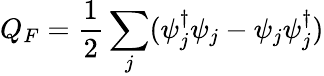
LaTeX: Q_{F}=\frac{1}{2}\sum_{j}(\psi_{j}^{\dagger}\psi_{j}-\psi_{j}\psi_{j}^{\dagger})